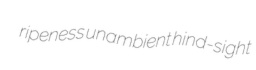
ripeness unambient hind-sight